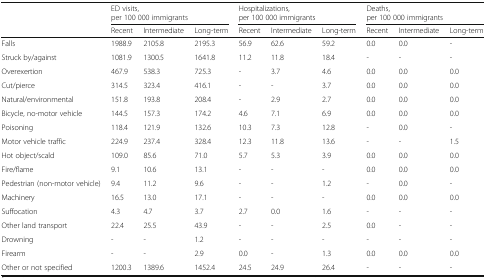
<table><thead><tr><td rowspan="2"></td><td colspan="3"><b>ED visits,per 100 000 immigrants</b></td><td colspan="3"><b>Hospitalizations,per 100 000 immigrants</b></td><td colspan="3"><b>Deaths,per 100 000 immigrants</b></td></tr><tr><td><b>Recent</b></td><td><b>Intermediate</b></td><td><b>Long-term</b></td><td><b>Recent</b></td><td><b>Intermediate</b></td><td><b>Long-term</b></td><td><b>Recent</b></td><td><b>Intermediate</b></td><td><b>Long-term</b></td></tr></thead><tbody><tr><td>Falls</td><td>1988.9</td><td>2105.8</td><td>2195.3</td><td>56.9</td><td>62.6</td><td>59.2</td><td>0.0</td><td>0.0</td><td>-</td></tr><tr><td>Struck by/against</td><td>1081.9</td><td>1300.5</td><td>1641.8</td><td>11.2</td><td>11.8</td><td>18.4</td><td>-</td><td>-</td><td>-</td></tr><tr><td>Overexertion</td><td>467.9</td><td>538.3</td><td>725.3</td><td>-</td><td>3.7</td><td>4.6</td><td>0.0</td><td>0.0</td><td>0.0</td></tr><tr><td>Cut/pierce</td><td>314.5</td><td>323.4</td><td>416.1</td><td>-</td><td>-</td><td>3.7</td><td>0.0</td><td>0.0</td><td>0.0</td></tr><tr><td>Natural/environmental</td><td>151.8</td><td>193.8</td><td>208.4</td><td>-</td><td>2.9</td><td>2.7</td><td>0.0</td><td>0.0</td><td>0.0</td></tr><tr><td>Bicycle, no-motor vehicle</td><td>144.5</td><td>157.3</td><td>174.2</td><td>4.6</td><td>7.1</td><td>6.9</td><td>0.0</td><td>0.0</td><td>0.0</td></tr><tr><td>Poisoning</td><td>118.4</td><td>121.9</td><td>132.6</td><td>10.3</td><td>7.3</td><td>12.8</td><td>-</td><td>0.0</td><td>-</td></tr><tr><td>Motor vehicle traffic</td><td>224.9</td><td>237.4</td><td>328.4</td><td>12.3</td><td>11.8</td><td>13.6</td><td>-</td><td>-</td><td>1.5</td></tr><tr><td>Hot object/scald</td><td>109.0</td><td>85.6</td><td>71.0</td><td>5.7</td><td>5.3</td><td>3.9</td><td>0.0</td><td>0.0</td><td>0.0</td></tr><tr><td>Fire/flame</td><td>9.1</td><td>10.6</td><td>13.1</td><td>-</td><td>-</td><td>-</td><td>0.0</td><td>0.0</td><td>0.0</td></tr><tr><td>Pedestrian (non-motor vehicle)</td><td>9.4</td><td>11.2</td><td>9.6</td><td>-</td><td>-</td><td>1.2</td><td>-</td><td>0.0</td><td>-</td></tr><tr><td>Machinery</td><td>16.5</td><td>13.0</td><td>17.1</td><td>-</td><td>-</td><td>-</td><td>0.0</td><td>0.0</td><td>0.0</td></tr><tr><td>Suffocation</td><td>4.3</td><td>4.7</td><td>3.7</td><td>2.7</td><td>0.0</td><td>1.6</td><td>-</td><td>-</td><td>-</td></tr><tr><td>Other land transport</td><td>22.4</td><td>25.5</td><td>43.9</td><td>-</td><td>-</td><td>2.5</td><td>0.0</td><td>-</td><td>-</td></tr><tr><td>Drowning</td><td>-</td><td>-</td><td>1.2</td><td>-</td><td>-</td><td>-</td><td>-</td><td>-</td><td>-</td></tr><tr><td>Firearm</td><td>-</td><td>-</td><td>2.9</td><td>0.0</td><td>-</td><td>1.3</td><td>0.0</td><td>0.0</td><td>0.0</td></tr><tr><td>Other or not specified</td><td>1200.3</td><td>1389.6</td><td>1452.4</td><td>24.5</td><td>24.9</td><td>26.4</td><td>-</td><td>-</td><td>-</td></tr></tbody></table>